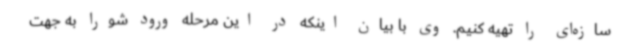
سازه‌ای را تهیه کنیم. وی با بیان اینکه در این مرحله ورود شورا به جهت